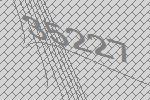
35227